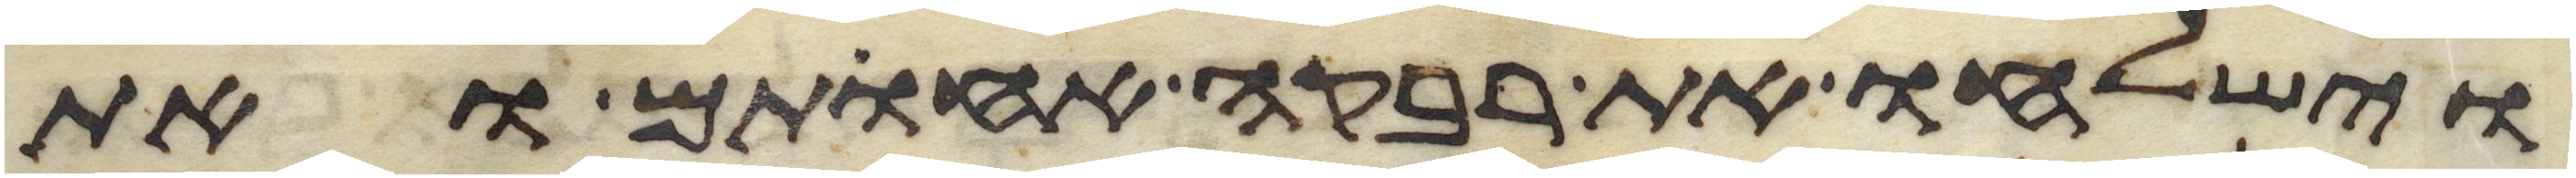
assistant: וישלחו את רבקה אחותם ואת